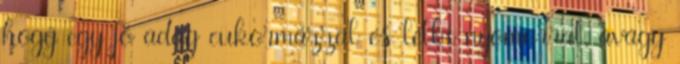
hogy egy jó adag cukormázzal és lelki nyomorral, avagy